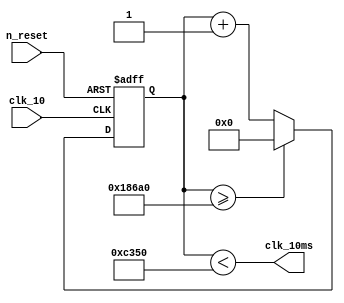
module clk_10_to_10ms(clk_10, clk_10ms, n_reset);
input clk_10;
output clk_10ms;
input n_reset;

reg [16:0] cnt;

assign clk_10ms = cnt < 16'd50000;
always @(posedge clk_10, negedge n_reset)
	if (!n_reset)
		cnt = 0;
	else if (cnt >= 17'd100000)
		cnt = 0;
	else
		cnt = cnt + 17'd1;
	
endmodule